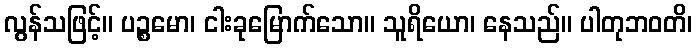
လွန်သဖြင့်။ ပဉ္စမော၊ ငါးခုမြောက်သော။ သူရိယော၊ နေသည်။ ပါတုဘဝတိ၊